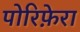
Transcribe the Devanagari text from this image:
पोरिफ़ेरा